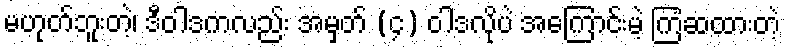
မဟုတ်ဘူးတဲ့၊ ဒီဝါဒကလည်း အမှတ် (၄) ဝါဒလိုပဲ အကြောင်းမဲ့ ကြံဆထားတဲ့